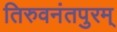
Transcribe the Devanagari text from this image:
तिरुवनंतपुरम्‌